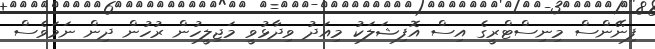
ފިނޭންސް މިނިސްޓްރީގެ އިސް އޮފިޝަލަކު މިއަދު ވިދާޅުވީ މަޖިލީހުން ރުހުން ދިން ނަމަވެސް